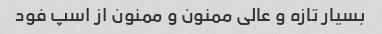
بسیار تازه و عالی ممنون و ممنون از اسپ فود